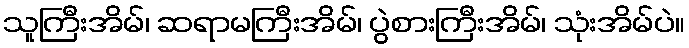
သူကြီးအိမ်၊ ဆရာမကြီးအိမ်၊ ပွဲစားကြီးအိမ်၊ သုံးအိမ်ပဲ။